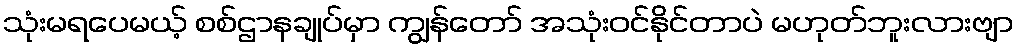
သုံးမရပေမယ့် စစ်ဌာနချုပ်မှာ ကျွန်တော် အသုံးဝင်နိုင်တာပဲ မဟုတ်ဘူးလားဗျာ